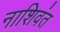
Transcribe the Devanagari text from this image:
नाशिवंत